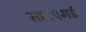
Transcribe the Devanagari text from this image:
साएएमई